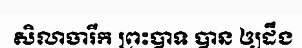
សិលាចារឹក ព្រះបាទ បាន ឲ្យដឹង